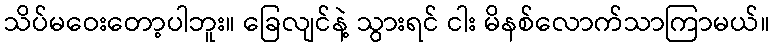
သိပ်မဝေးတော့ပါဘူး။ ခြေလျင်နဲ့ သွားရင် ငါး မိနစ်လောက်သာကြာမယ်။